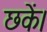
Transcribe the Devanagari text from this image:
छकें।